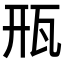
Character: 㼛